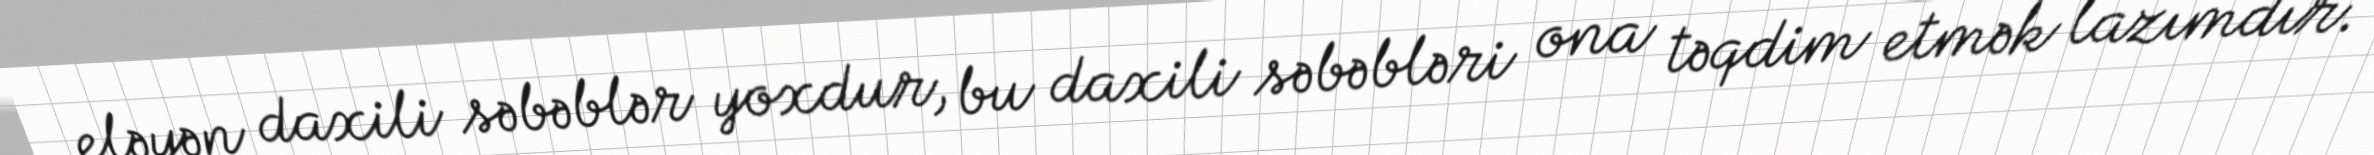
eləyən daxili səbəblər yoxdur, bu daxili səbəbləri ona təqdim etmək lazımdır.